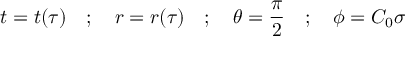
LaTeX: t = t ( \tau ) \quad ; \quad r = r ( \tau ) \quad ; \quad \theta = \frac { \pi } { 2 } \quad ; \quad \phi = C _ { 0 } \sigma